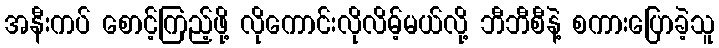
အနီးကပ် စောင့်ကြည့်ဖို့ လိုကောင်းလိုလိမ့်မယ်လို့ ဘီဘီစီနဲ့ စကားပြောခဲ့သူ